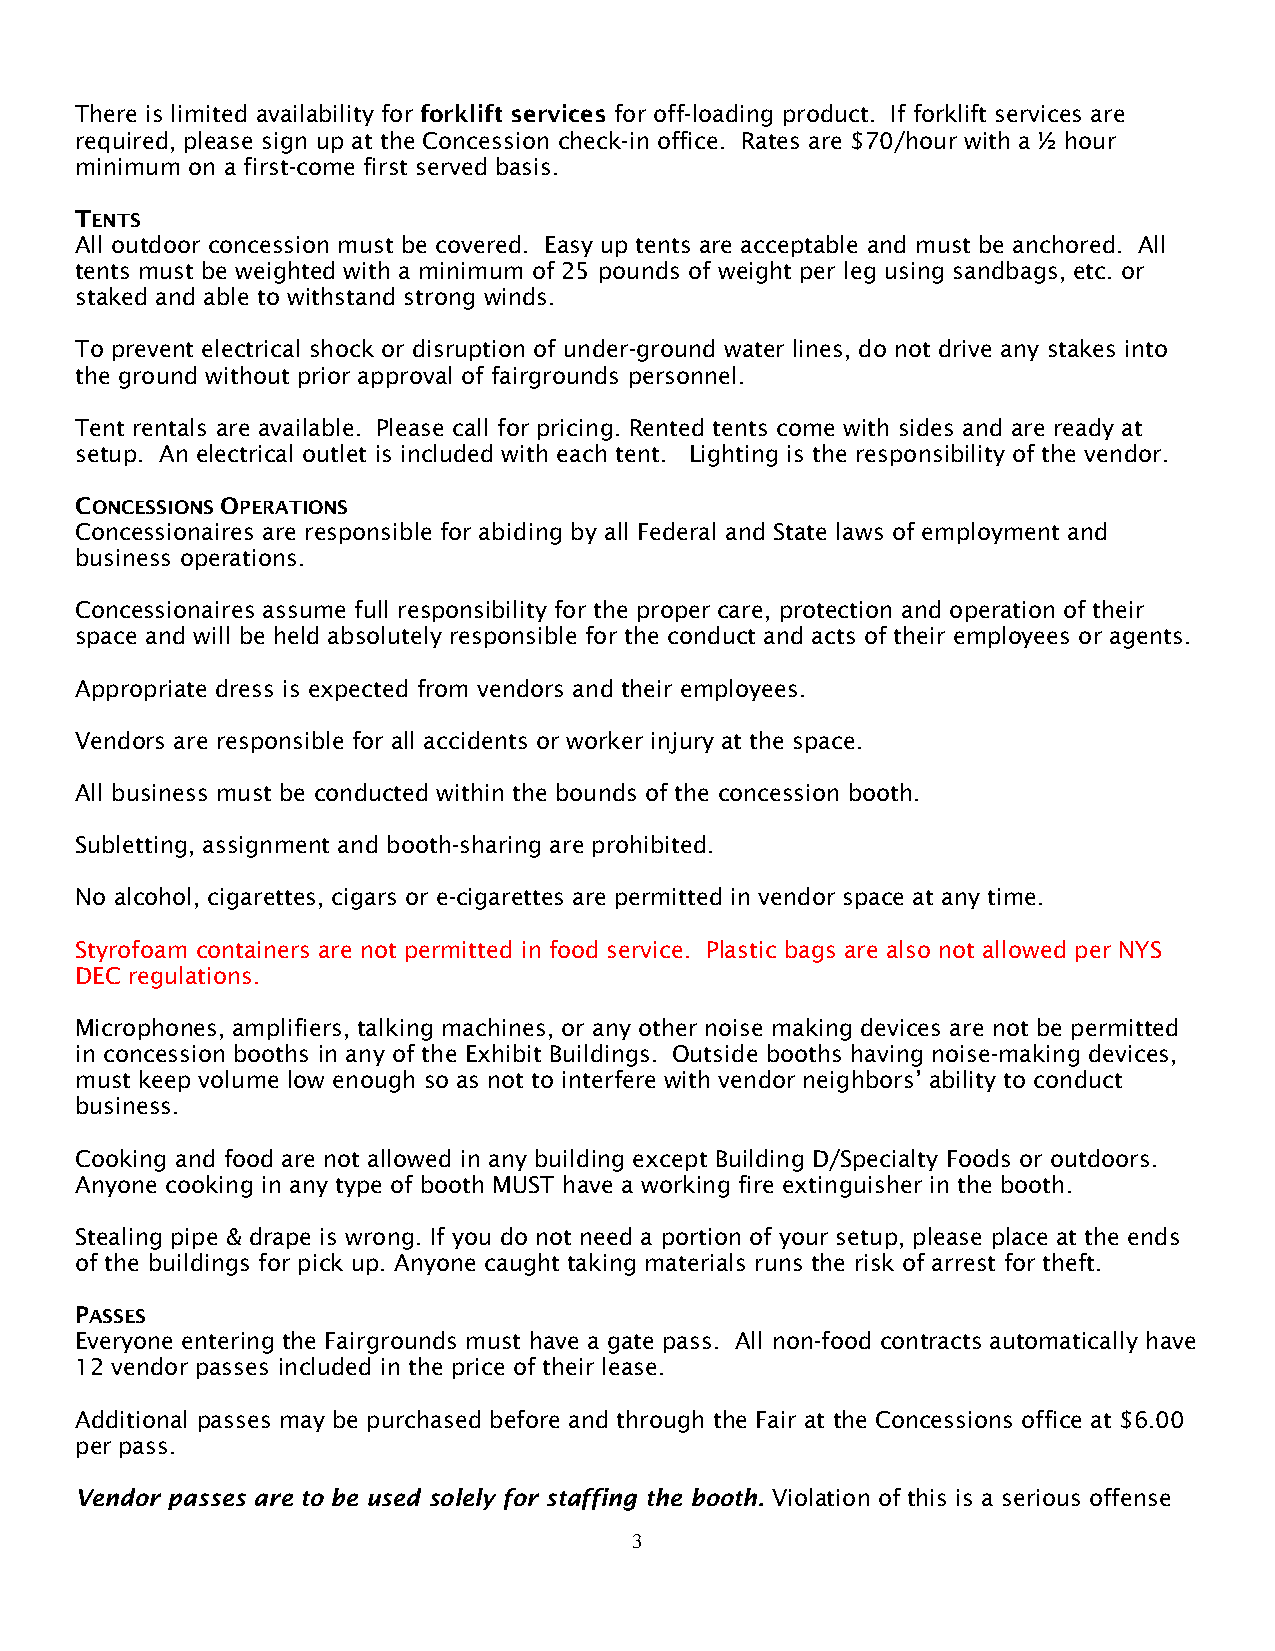
There is limited availability for forklift services for off-loading product. If forklift services are
 required, please sign up at the Concession check-in office. Rates are $70/hour with a ½ hour
 minimum on a first-come first served basis.
 TENTS
 All outdoor concession must be covered. Easy up tents are acceptable and must be anchored. All
 tents must be weighted with a minimum of 25 pounds of weight per leg using sandbags, etc. or
 staked and able to withstand strong winds.
 To prevent electrical shock or disruption of under-ground water lines, do not drive any stakes into
 the ground without prior approval of fairgrounds personnel.
 Tent rentals are available. Please call for pricing. Rented tents come with sides and are ready at
 setup. An electrical outlet is included with each tent. Lighting is the responsibility of the vendor.
 CONCESSIONS OPERATIONS
 Concessionaires are responsible for abiding by all Federal and State laws of employment and
 business operations.
 Concessionaires assume full responsibility for the proper care, protection and operation of their
 space and will be held absolutely responsible for the conduct and acts of their employees or agents.
 Appropriate dress is expected from vendors and their employees.
 Vendors are responsible for all accidents or worker injury at the space.
 All business must be conducted within the bounds of the concession booth.
 Subletting, assignment and booth-sharing are prohibited.
 No alcohol, cigarettes, cigars or e-cigarettes are permitted in vendor space at any time.
 Styrofoam containers are not permitted in food service. Plastic bags are also not allowed per NYS
 DEC regulations.
 Microphones, amplifiers, talking machines, or any other noise making devices are not be permitted
 in concession booths in any of the Exhibit Buildings. Outside booths having noise-making devices,
 must keep volume low enough so as not to interfere with vendor neighbors’ ability to conduct
 business.
 Cooking and food are not allowed in any building except Building D/Specialty Foods or outdoors.
 Anyone cooking in any type of booth MUST have a working fire extinguisher in the booth.
 Stealing pipe & drape is wrong. If you do not need a portion of your setup, please place at the ends
 of the buildings for pick up. Anyone caught taking materials runs the risk of arrest for theft.
 PASSES
 Everyone entering the Fairgrounds must have a gate pass. All non-food contracts automatically have
 12 vendor passes included in the price of their lease.
 Additional passes may be purchased before and through the Fair at the Concessions office at $6.00
 per pass.
 Vendor passes are to be used solely for staffing the booth. Violation of this is a serious offense
 3